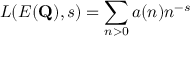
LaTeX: L ( E ( \mathbf { Q } ) , s ) = \sum _ { n > 0 } a ( n ) n ^ { - s }